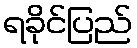
ရခိုင်ပြည်